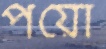
পয়ো